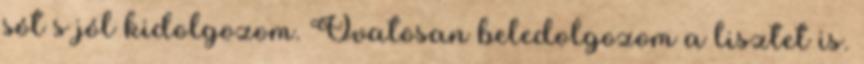
sót s jól kidolgozom. Óvatosan beledolgozom a lisztet is.